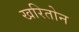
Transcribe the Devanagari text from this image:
खरितोन